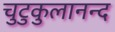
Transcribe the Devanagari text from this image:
चुटुकुलानन्द